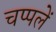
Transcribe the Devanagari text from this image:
चप्‍पलें